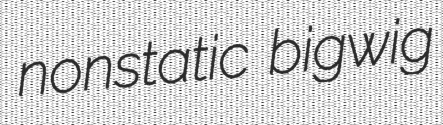
nonstatic bigwig